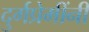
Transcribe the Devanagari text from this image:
दुर्गप्रेमींनी